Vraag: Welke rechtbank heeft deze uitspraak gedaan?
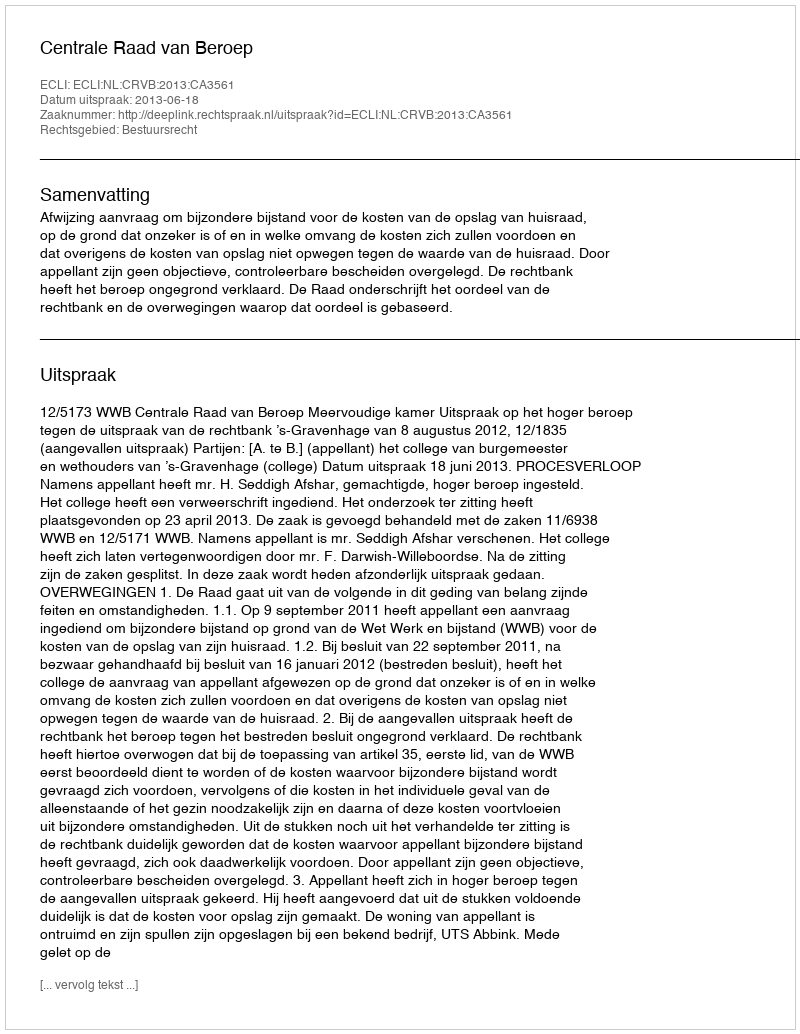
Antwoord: Centrale Raad van Beroep